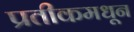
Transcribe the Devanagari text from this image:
प्रतीकमधून